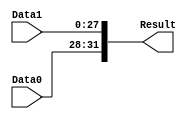
/******************************************************************
* Description
*	This is a  an adder that can be parameterized in its bit-width.
*	1.0
* Author:
*	Sergio Chung/ Daniel Barragan
* Date:
*	28/06/17
******************************************************************/

module AdderJump
#
(
	parameter NBits=32
)
(
	input [3:0] Data0,
	input [27:0] Data1,
	
	output [NBits-1:0] Result
);

assign Result = {Data0[3:0], Data1[27:0]};


endmodule